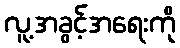
လူ့အခွင့်အရေးကို